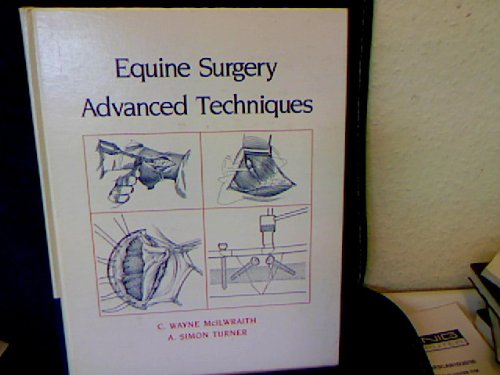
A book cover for Equine Surgery: Advanced Techniques; C. Wayne McIlwraith; Medical Books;